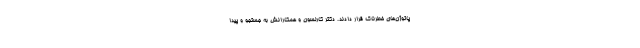
پاتوژن‌های خطرناک قرار دادند. دکتر کارلسون و همکارانش به جستجو و پیدا